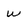
Character: W